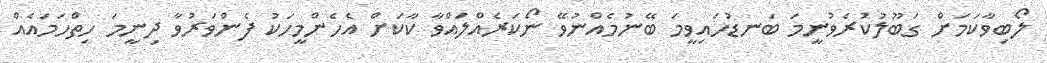
ލޯބިވާކަމަށް ގަބޫލުކުރެވުނީމަ ބަނޑުހައިވީމަ ބޭނުމެއްނުވޭ ނޯކަރެއްލައްވާ ކާކަށް އެހެންމީހަކު ފެންވަރުވާ ދިނީމަ ހިތްހަމައެއް